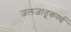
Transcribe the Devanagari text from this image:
जलजातूकर्ण्य